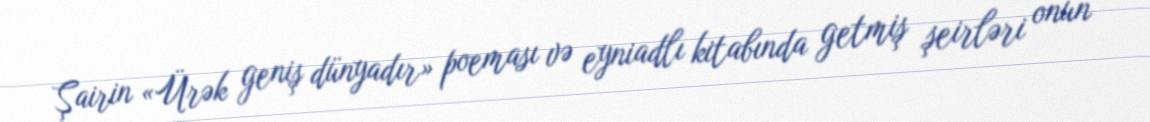
Şairin «Ürək geniş dünyadır» poeması və eyniadlı kitabında getmiş şeirləri onun